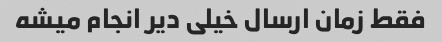
فقط زمان ارسال خیلی دیر انجام میشه